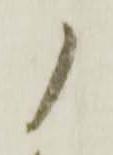
ノ